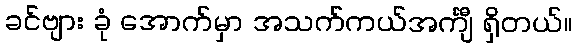
ခင်ဗျား ခုံ အောက်မှာ အသက်ကယ်အင်္ကျီ ရှိတယ်။